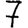
Digit: 7